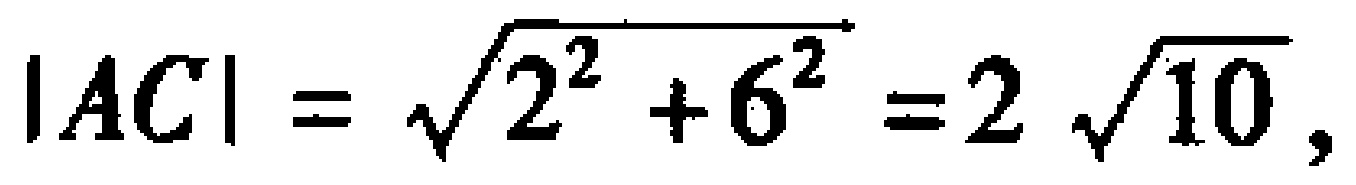
\(|AC| = \sqrt{2^{2} + 6^{2}} = 2 \sqrt{10},\)